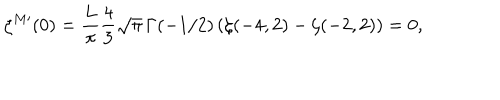
\zeta ^ { M \prime } ( 0 ) = \frac { L } { \pi } \frac 4 3 \sqrt { \pi } \, \Gamma ( - 1 / 2 ) \left( \zeta ( - 4 , 2 ) - \zeta ( - 2 , 2 ) \right) = 0 ,